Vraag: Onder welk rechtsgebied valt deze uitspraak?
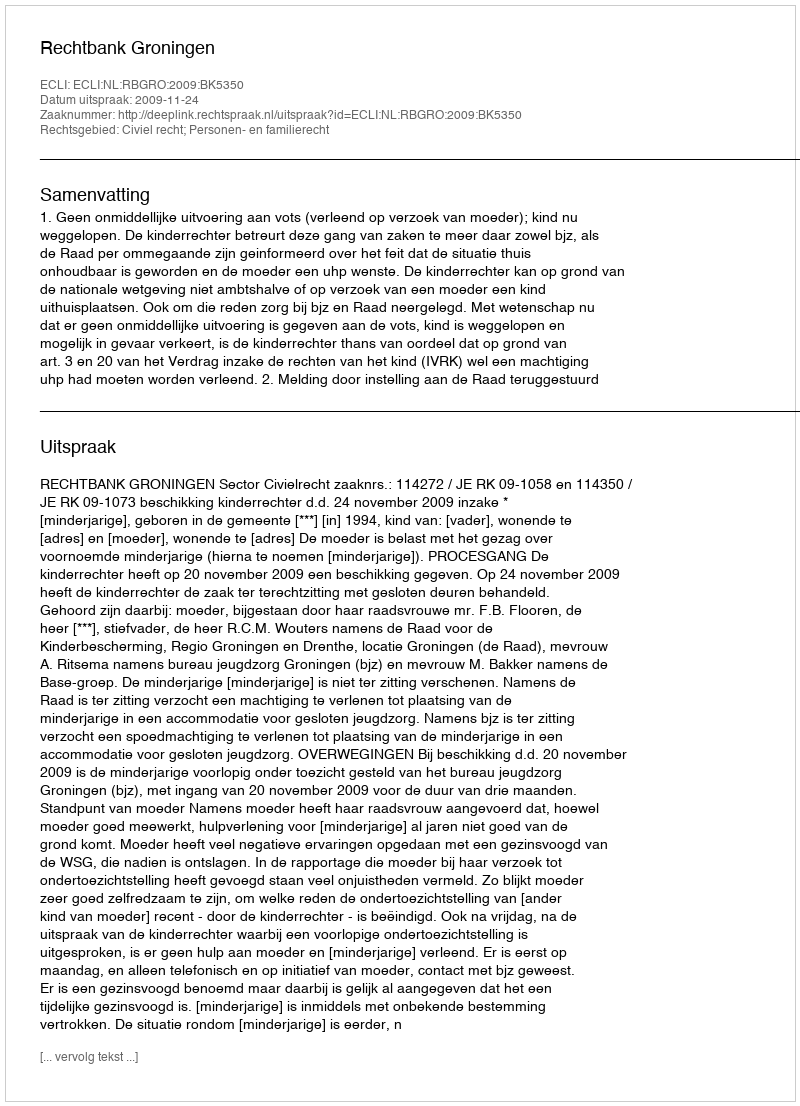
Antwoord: Civiel recht; Personen- en familierecht